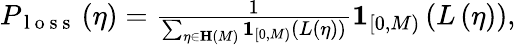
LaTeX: \begin{array}{r}{P_{\mathrm{~l~o~s~s~}}\left(\eta\right)=\frac{1}{\sum_{\eta\in\mathbf{H}\left(M\right)}\mathbf{1}_{\left[0,M\right)}\left(L\left(\eta\right)\right)}\mathbf{1}_{\left[0,M\right)}\left(L\left(\eta\right)\right),}\end{array}